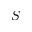
S